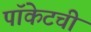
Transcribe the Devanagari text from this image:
पॉकेटची